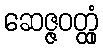
ဆေဇ္ဇဝတ္ထုံ